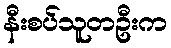
နီးစပ်သူတဦးက